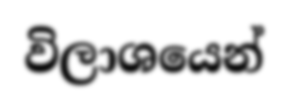
විලාශයෙන්